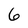
Character: 6